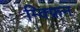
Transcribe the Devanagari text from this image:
म्क्फ्रिन